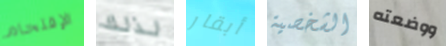
الإقتحام لذلك أبقار الشخصية ووضعته